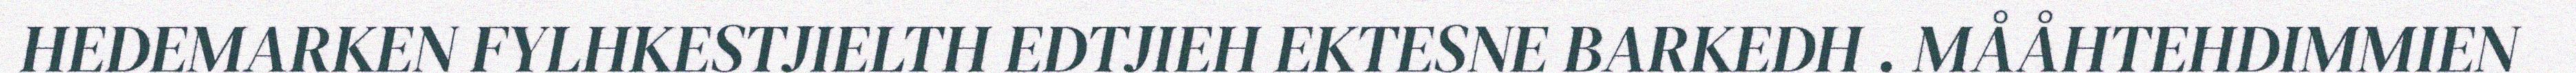
HEDEMARKEN FYLHKESTJIELTH EDTJIEH EKTESNE BARKEDH . MÅÅHTEHDIMMIEN